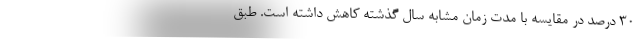
۳۰ درصد در مقایسه با مدت زمان مشابه سال گذشته کاهش داشته است. طبق